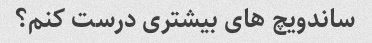
ساندویچ های بیشتری درست کنم؟